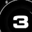
Digit: 3